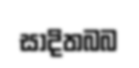
සාදිතබබ